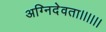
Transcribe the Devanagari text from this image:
अग्निदेवता।।।।।।